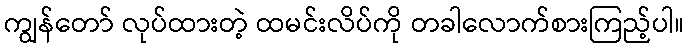
ကျွန်တော် လုပ်ထားတဲ့ ထမင်းလိပ်ကို တခါလောက်စားကြည့်ပါ။